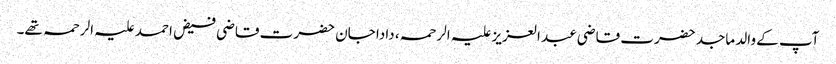
آپ کے والد ماجد حضرت قاضی عبد العزیز علیہ الرحمہ، دادا جان حضرت قاضی فیض احمد علیہ الرحمہ تھے۔